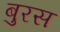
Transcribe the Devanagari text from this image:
बुरस